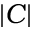
| C |